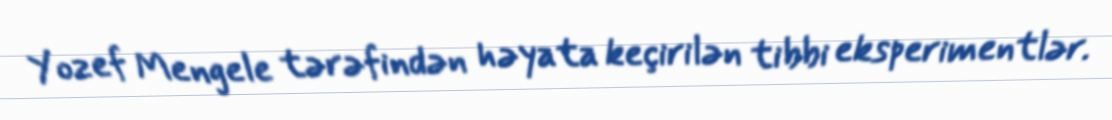
Yozef Mengele tərəfindən həyata keçirilən tibbi eksperimentlər.